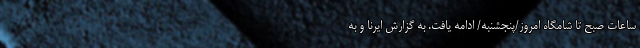
ساعات صبح تا شامگاه امروز/پنجشنبه/ ادامه یافت. به گزارش ایرنا و به